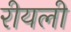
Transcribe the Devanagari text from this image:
रीयली